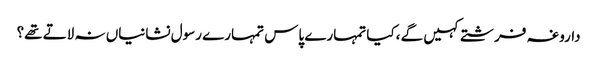
داروغہ فرشتے کہیں گے ،کیا تمہارے پاس تمہارے رسول نشانیاں نہ لاتے تھے؟